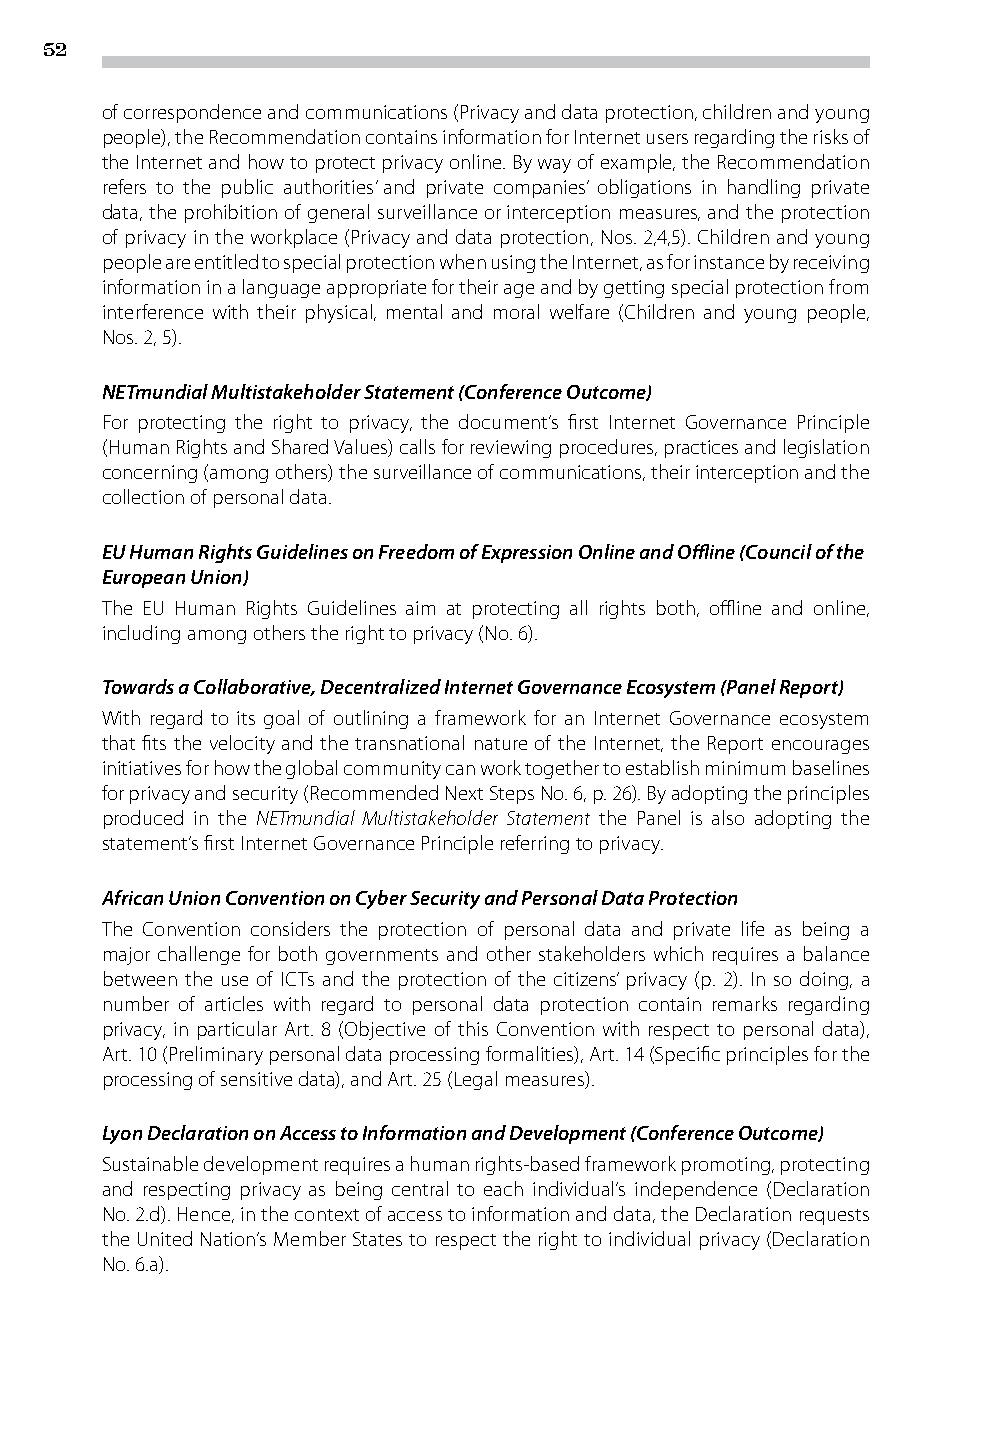
52
 of correspondence and communications (Privacy and data protection, children and young
 people), the Recommendation contains information for Internet users regarding the risks of
 the Internet and how to protect privacy online. By way of example, the Recommendation
 refers to the public authorities’ and private companies’ obligations in handling private
 data, the prohibition of general surveillance or interception measures, and the protection
 of privacy in the workplace (Privacy and data protection, Nos. 2,4,5). Children and young
 people are entitled to special protection when using the Internet, as for instance by receiving
 information in a language appropriate for their age and by getting special protection from
 interference with their physical, mental and moral welfare (Children and young people,
 Nos. 2, 5).
 NETmundial Multistakeholder Statement (Conference Outcome)
 For protecting the right to privacy, the document’s first Internet Governance Principle
 (Human Rights and Shared Values) calls for reviewing procedures, practices and legislation
 concerning (among others) the surveillance of communications, their interception and the
 collection of personal data.
 EU Human Rights Guidelines on Freedom of Expression Online and Offline (Council of the
 European Union)
 The EU Human Rights Guidelines aim at protecting all rights both, offline and online,
 including among others the right to privacy (No. 6).
 Towards a Collaborative, Decentralized Internet Governance Ecosystem (Panel Report)
 With regard to its goal of outlining a framework for an Internet Governance ecosystem
 that fits the velocity and the transnational nature of the Internet, the Report encourages
 initiatives for how the global community can work together to establish minimum baselines
 for privacy and security (Recommended Next Steps No. 6, p. 26). By adopting the principles
 produced in the NETmundial Multistakeholder Statement the Panel is also adopting the
 statement’s first Internet Governance Principle referring to privacy.
 African Union Convention on Cyber Security and Personal Data Protection
 The Convention considers the protection of personal data and private life as being a
 major challenge for both governments and other stakeholders which requires a balance
 between the use of ICTs and the protection of the citizens’ privacy (p. 2). In so doing, a
 number of articles with regard to personal data protection contain remarks regarding
 privacy, in particular Art. 8 (Objective of this Convention with respect to personal data),
 Art. 10 (Preliminary personal data processing formalities), Art. 14 (Specific principles for the
 processing of sensitive data), and Art. 25 (Legal measures).
 Lyon Declaration on Access to Information and Development (Conference Outcome)
 Sustainable development requires a human rights-based framework promoting, protecting
 and respecting privacy as being central to each individual’s independence (Declaration
 No. 2.d). Hence, in the context of access to information and data, the Declaration requests
 the United Nation’s Member States to respect the right to individual privacy (Declaration
 No. 6.a).